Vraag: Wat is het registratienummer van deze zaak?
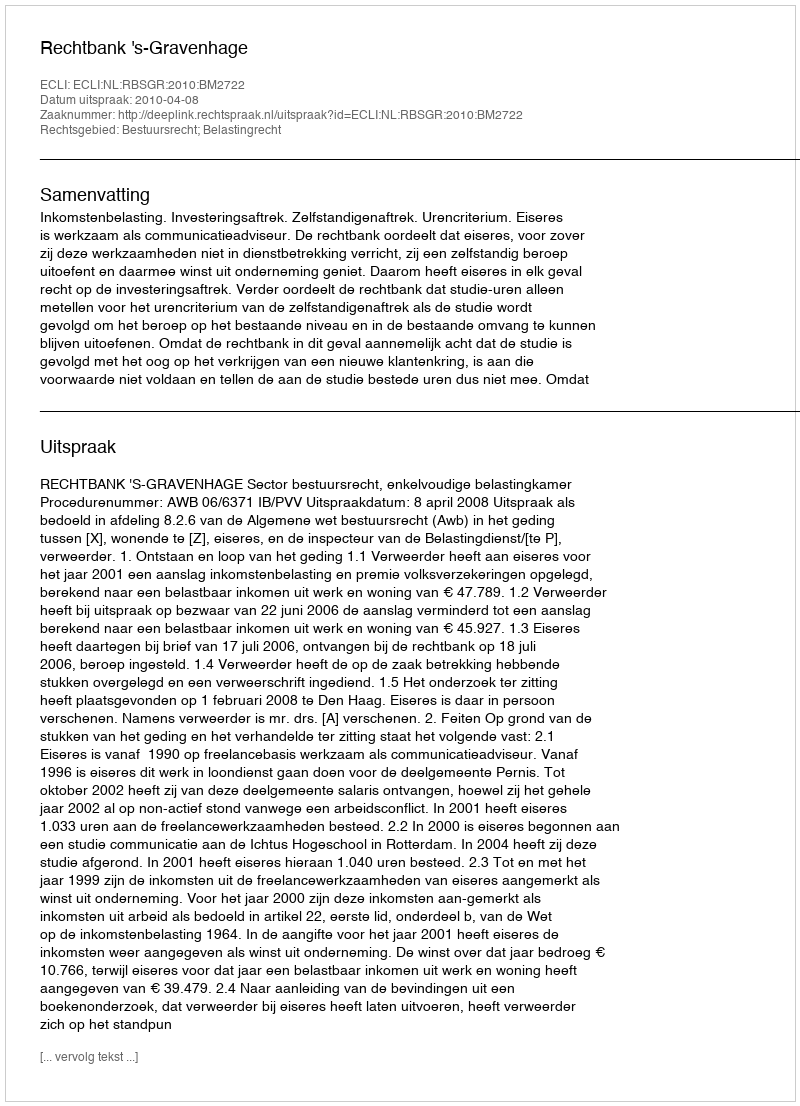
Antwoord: http://deeplink.rechtspraak.nl/uitspraak?id=ECLI:NL:RBSGR:2010:BM2722